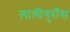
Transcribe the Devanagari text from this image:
लालीगुराँस